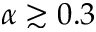
\alpha \gtrsim 0 . 3